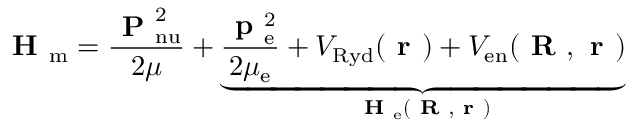
\textbf { H } _ { \mathrm { m } } = \frac { \textbf { P } _ { \mathrm { n u } } ^ { 2 } } { 2 \mu } + \underbrace { \frac { \textbf { p } _ { \mathrm { e } } ^ { 2 } } { 2 \mu _ { \mathrm { e } } } + V _ { \mathrm { R y d } } ( \textbf { r } ) + V _ { \mathrm { e n } } ( \textbf { R } , \textbf { r } ) } _ { \textbf { H } _ { \mathrm { e } } ( \textbf { R } , \textbf { r } ) }